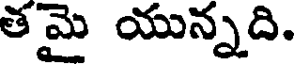
తమై యున్నది.